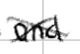
Text: and
Cross-out: cross
Writing tool: digital_black